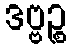
ဒဗ္ဗဉ္စ